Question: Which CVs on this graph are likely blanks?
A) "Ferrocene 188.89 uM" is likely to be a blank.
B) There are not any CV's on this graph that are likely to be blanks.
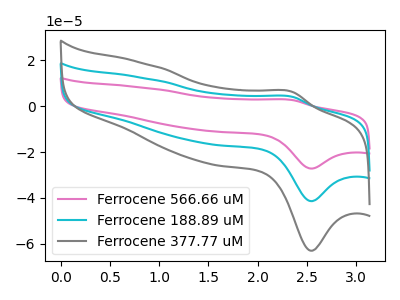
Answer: <think>The pink curve "Ferrocene 566.66 uM" has an anodic peak at (2.35V, 8.30uA) and a cathodic peak at (2.55V, -82.85uA). The cyan curve "Ferrocene 188.89 uM" has an anodic peak at (2.35V, 4.15uA) and a cathodic peak at (2.55V, -41.40uA). The gray curve "Ferrocene 377.77 uM" has an anodic peak at (2.35V, 6.30uA) and a cathodic peak at (2.55V, -63.05uA).</think>
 <answer>B) There are not any CV's on this graph that are likely to be blanks.</answer>
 <eval>B</eval>